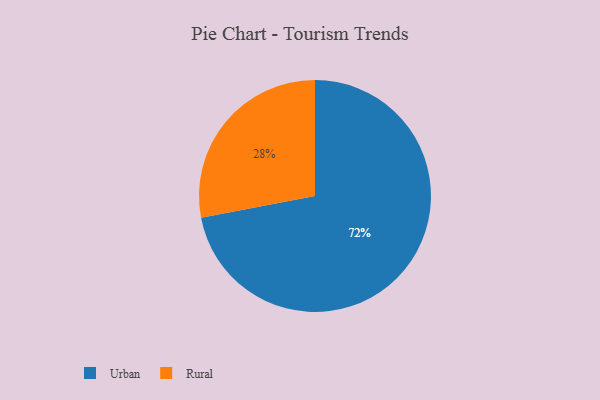
{"axis": {"x": "Category", "y": "Percentage"}, "legend": ["Rural", "Urban"], "data": [{"x": "Urban", "y": 72, "type": "Urban"}, {"x": "Rural", "y": 28, "type": "Rural"}]}